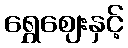
ရွှေဈေးနှင့်